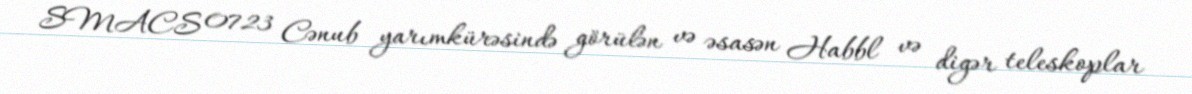
SMACS 0723 Cənub yarımkürəsində görülən və əsasən Habbl və digər teleskoplar